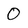
Character: O